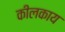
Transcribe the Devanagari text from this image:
कीलकाय